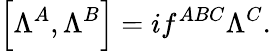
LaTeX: \left[\Lambda^{A},\Lambda^{B}\right]=if^{ABC}\Lambda^{C}.